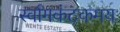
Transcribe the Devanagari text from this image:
र्स्वागकंटकमय